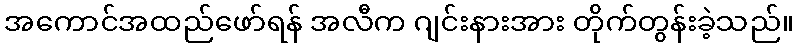
အကောင်အထည်ဖော်ရန် အလီက ဂျင်းနားအား တိုက်တွန်းခဲ့သည်။